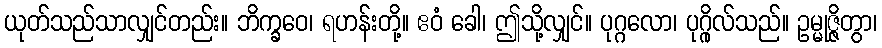
ယုတ်သည်သာလျှင်တည်း။ ဘိက္ခဝေ၊ ရဟန်းတို့။ ဧဝံ ခေါ၊ ဤသို့လျှင်။ ပုဂ္ဂလော၊ ပုဂ္ဂိုလ်သည်။ ဥမ္မုဇ္ဇိတွာ၊